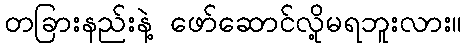
တခြားနည်းနဲ့ ဖော်ဆောင်လို့မရဘူးလား။